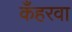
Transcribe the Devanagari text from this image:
कँहरवा